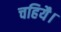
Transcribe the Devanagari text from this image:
चहियै।